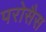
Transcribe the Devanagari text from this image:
परोसैस